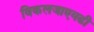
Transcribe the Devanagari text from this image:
विकलजाएवढी